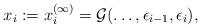
LaTeX: \begin{align*}x_i:=x_i^{(\infty)}=\mathcal{G}(\dots,\epsilon_{i-1},\epsilon_{i}),\end{align*}